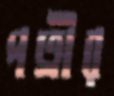
পত্রীর